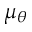
\mu _ { \theta }